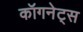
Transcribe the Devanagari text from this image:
कॉगनेट्स